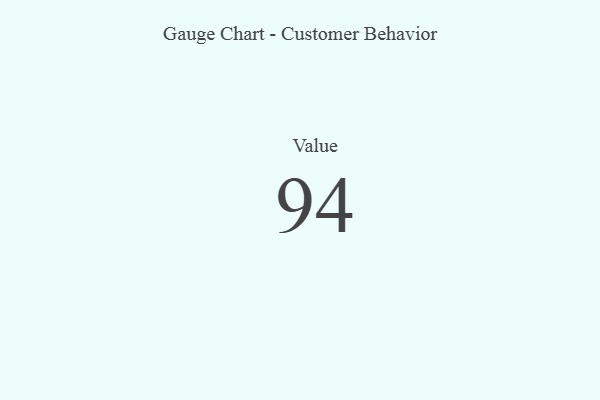
{"axis": {"x": "Metric", "y": "Value"}, "legend": [""], "data": [{"x": "Value", "y": 94, "type": ""}]}